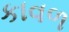
કાવળ